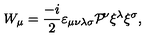
W _ { \mu } = \frac { - i } { 2 } \varepsilon _ { \mu \nu \lambda \sigma } { \cal P } { \! } ^ { \nu } \xi ^ { \lambda } \xi ^ { \sigma } ,